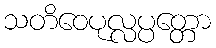
သတိဝေပုလ္လပ္ပတ္တော